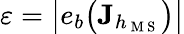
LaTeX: \varepsilon=\big|e_{b}\big(\mathbf{J}_{h_{\mathrm{~M~S~}}}\big)\big|